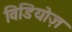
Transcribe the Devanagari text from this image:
विडियोज़